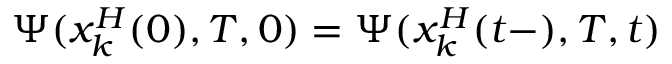
\Psi ( x _ { k } ^ { H } ( 0 ) , T , 0 ) = \Psi ( x _ { k } ^ { H } ( t - ) , T , t )